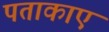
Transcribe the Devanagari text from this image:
पताकाएं